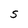
Character: S